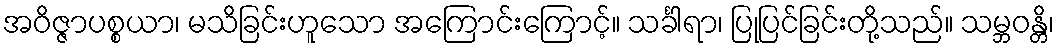
အဝိဇ္ဇာပစ္စယာ၊ မသိခြင်းဟူသော အကြောင်းကြောင့်။ သင်္ခါရာ၊ ပြုပြင်ခြင်းတို့သည်။ သမ္ဘဝန္တိ၊